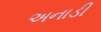
અનાડી